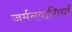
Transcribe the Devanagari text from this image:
जर्मनवासियाँ